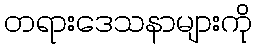
တရားဒေသနာများကို